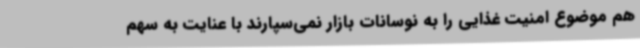
هم موضوع امنیت غذایی را به نوسانات بازار نمی‌سپارند با عنایت به سهم